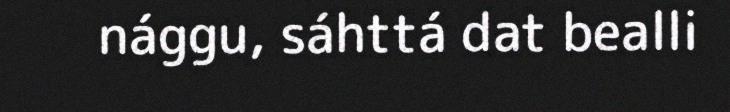
nággu, sáhttá dat bealli